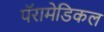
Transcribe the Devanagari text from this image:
पॅरामेडिकल